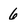
Character: 6